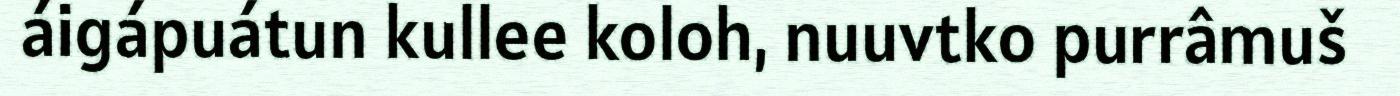
áigápuátun kullee koloh, nuuvtko purrâmuš